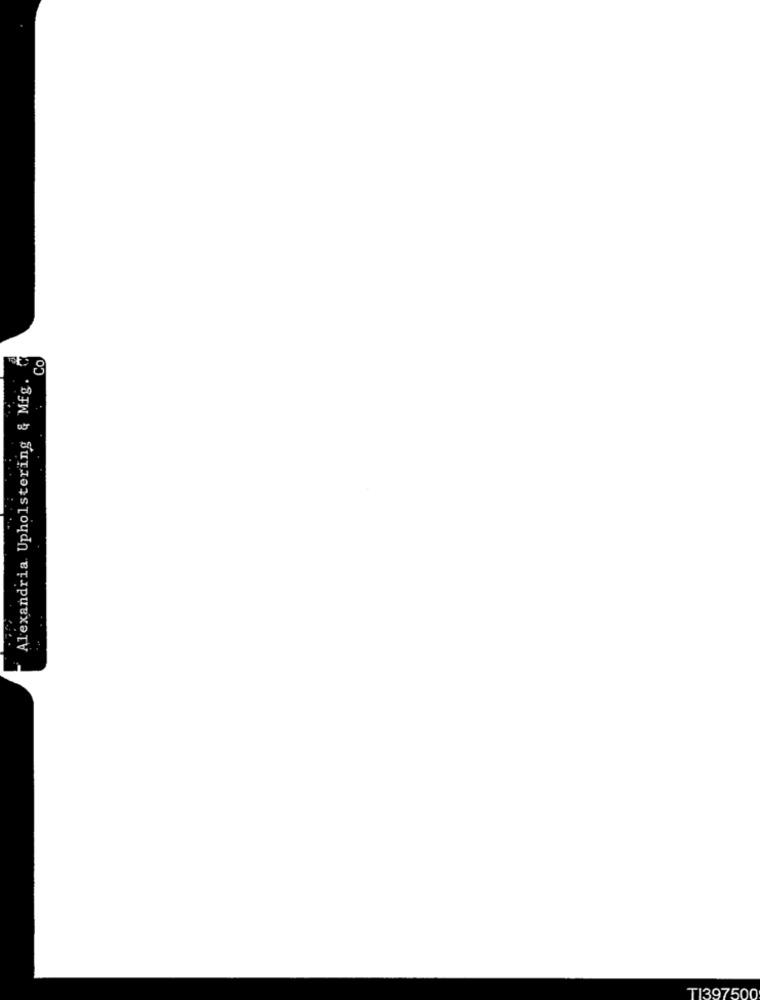
Co
Alexandria Upholstering & Mfg.
TI397500